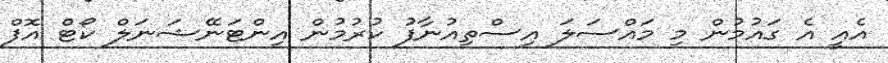
އެއީ އެ ގައުމުން މި މައްސަލަ އިސްތިއުނާފު ކުރުމުން އިންޓަނޭޝަނަލް ކޯޓް އޮފް